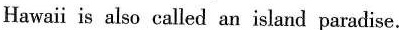
Hawaii is also called an island paradise.